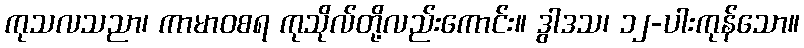
ကုသလသညာ၊ ကာမာဝစရ ကုသိုလ်တို့လည်းကောင်း။ ဒွါဒသ၊ ၁၂-ပါးကုန်သော။